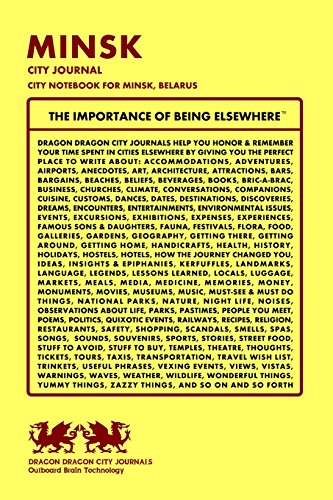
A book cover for Minsk City Journal, City Notebook for Minsk, Belarus; Dragon Dragon City Journals; Travel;